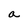
Character: a